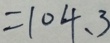
= 1 0 4 . 3